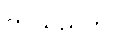
ဤသည်က